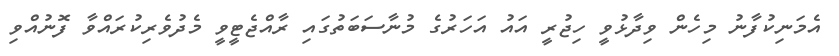
އެމަނިކުފާނު މިހެން ވިދާޅުވީ ހިޖުރީ އައު އަހަރުގެ މުނާސަބަތުގައި ރާއްޖެޓީވީ މެދުވެރިކުރައްވާ ފޮނުއްވި